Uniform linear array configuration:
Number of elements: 48
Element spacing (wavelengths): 0.5
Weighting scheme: kaiser
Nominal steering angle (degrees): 0
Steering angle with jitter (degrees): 0.2244
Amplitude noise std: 0.05
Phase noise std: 0.05

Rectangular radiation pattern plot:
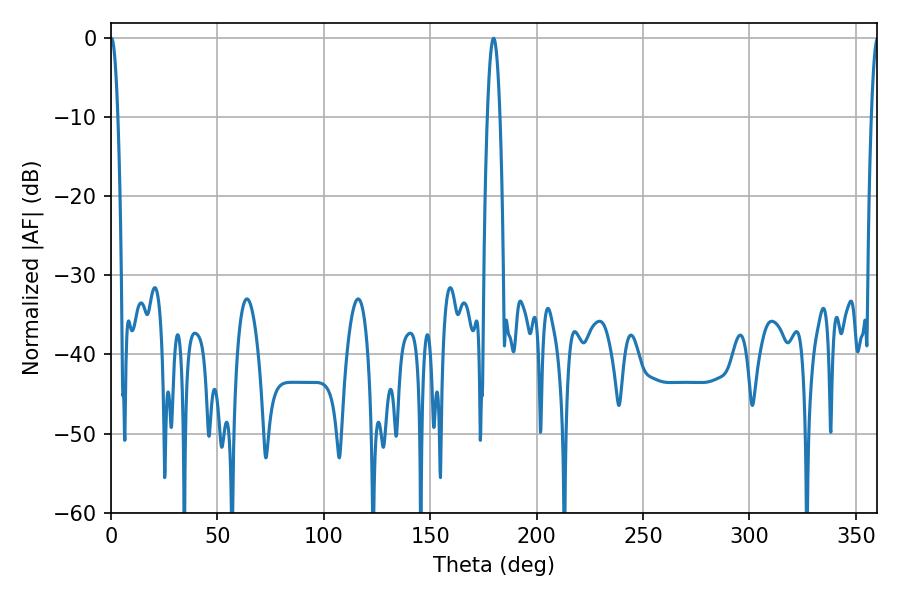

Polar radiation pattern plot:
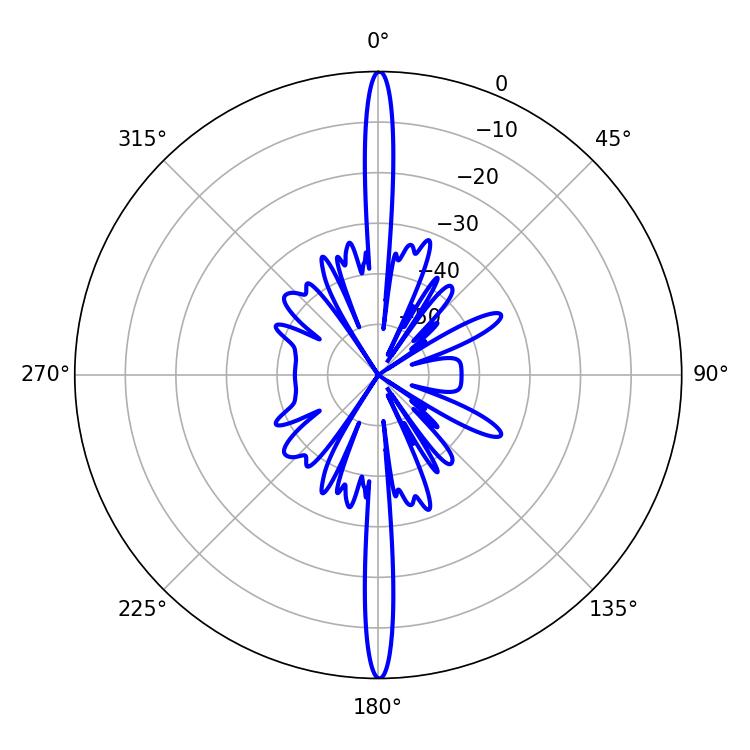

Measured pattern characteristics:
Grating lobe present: FALSE
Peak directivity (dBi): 36.089
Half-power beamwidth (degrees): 1.8
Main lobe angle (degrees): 0.18